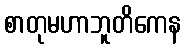
စာတုမဟာဘူတိကေန